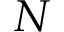
N